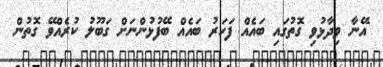
އޭނާ ވިދާޅުވި ގޮތުގައި ބައެއް ފަހަރު ބައެއް ބޭފުޅުންނަށް ގަބޫލު ކުރެއްވޭ ގޮތުން